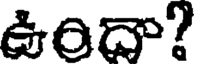
ఉందా?